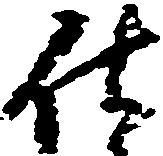
仕